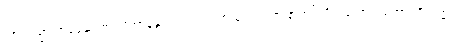
အာယသ္မာအာနန္ဒော၊ အရှင်အာနန္ဒာသည်။ ယထာသုတံ၊ ကြားနာအပ်တိုင်းသော။ ယထာပရိယတ္တံ၊